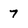
Character: 7